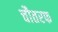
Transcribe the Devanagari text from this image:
चौतरफ